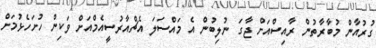
ގުރުއާން މުބާރާތުން ރާއިސްއަށް ޖާގަ ނުލިބުން އެ މައްސަލަ އެޗްއާރުސީއެމްއަށް ވަކިން ހުށަހެޅުމަށް